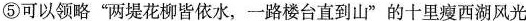
⑤可以领略”两堤花柳皆依水，一路楼台直到山”的十里瘦西湖风光